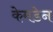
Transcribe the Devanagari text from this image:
केमडेन